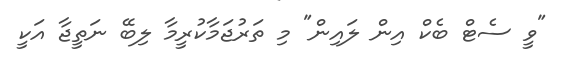
"ވީ ސެޓް ބެކް އިން ލައިން" މި ތަރުޖަމާކުރީމާ ލިބޭ ނަތީޖާ އަކީ